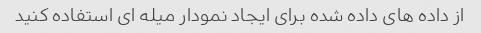
از داده های داده شده برای ایجاد نمودار میله ای استفاده کنید